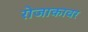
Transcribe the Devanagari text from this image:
रोजाकावर